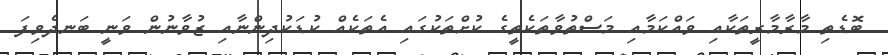
ބޮޑެތި މާރާމާރީތަކާއި ވައްކަމާއި މަސްތުވާތަކެތީގެ ކުށްތަކުގައި އެތަކެއް ކުޑަކުދިންނާއި ޒުވާނުން ވަނީ ބަނދެވިފަ